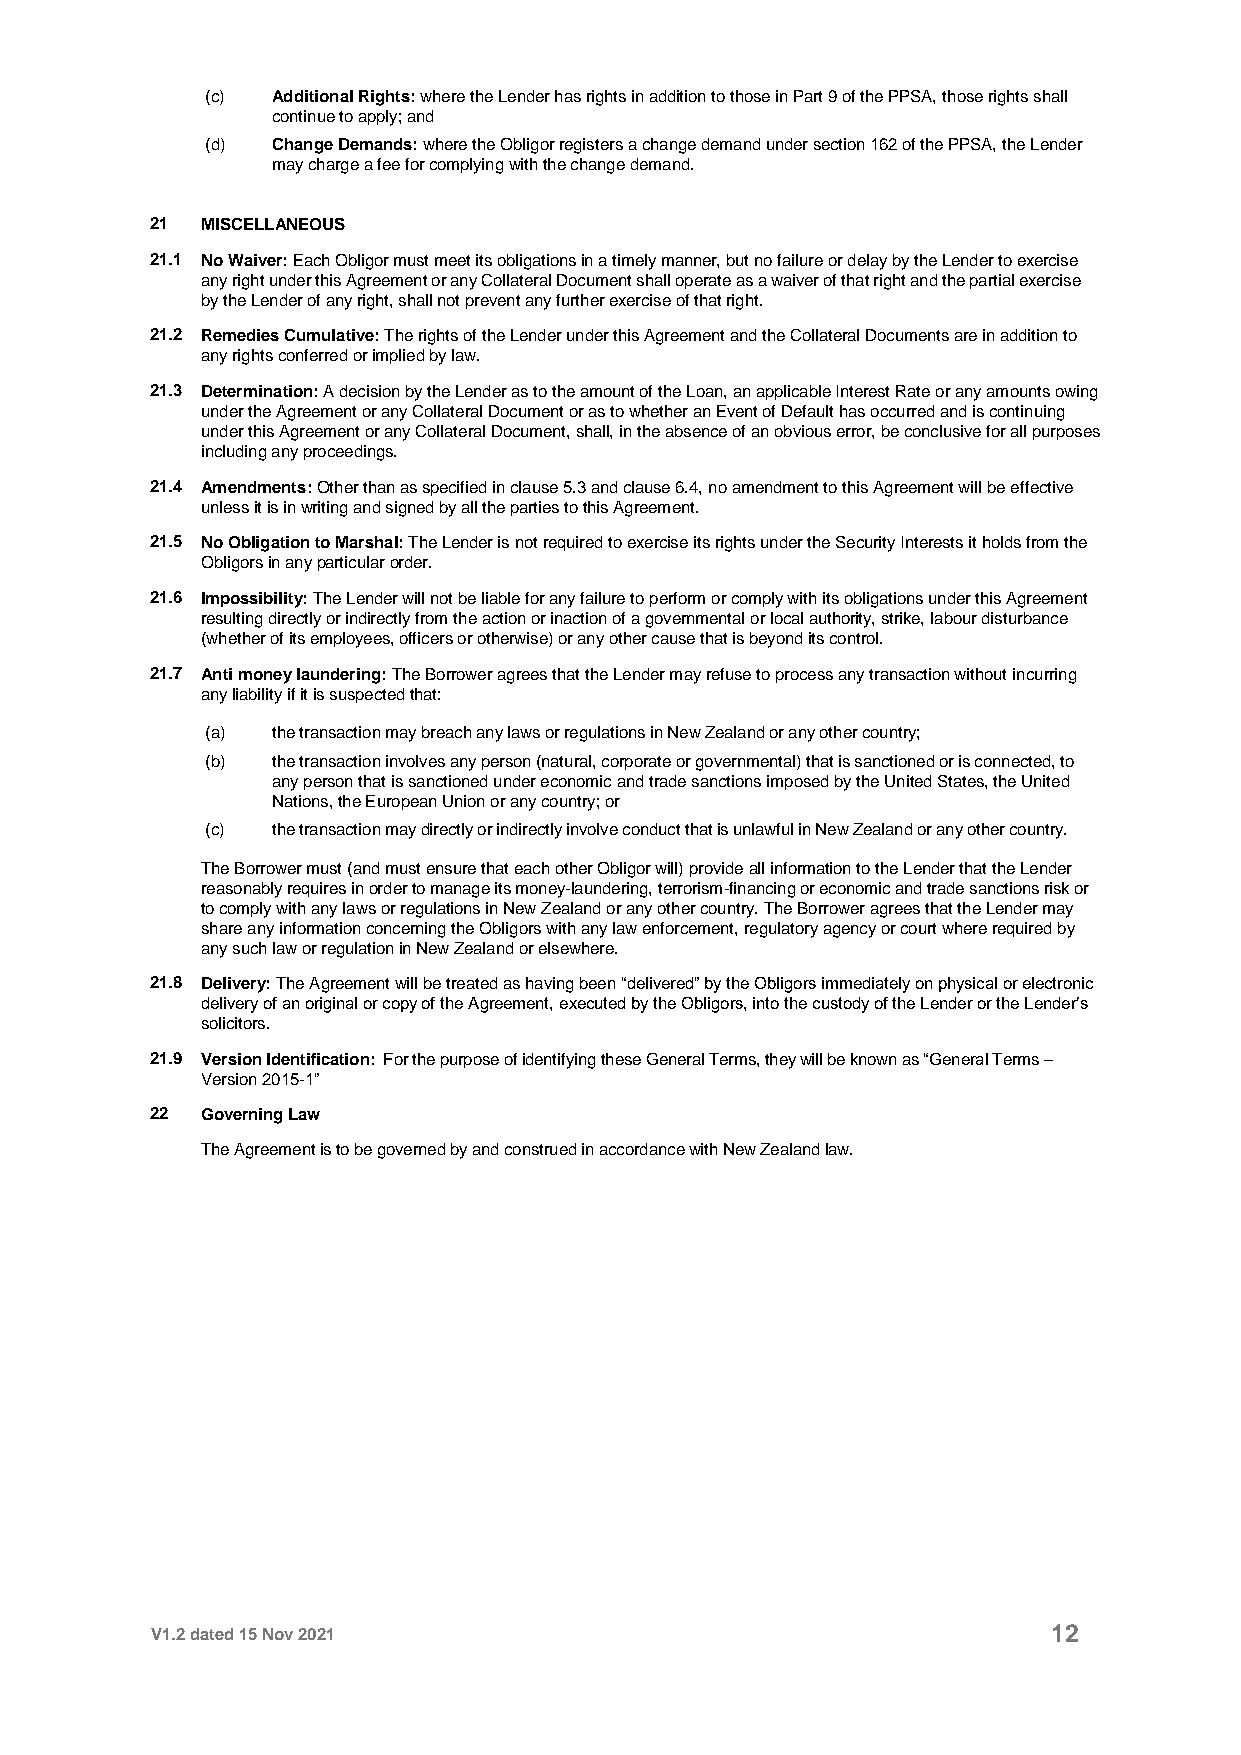
(c) Additional Rights: where the Lender has rights in addition to those in Part 9 of the PPSA, those rights shall
 continue to apply; and
 (d) Change Demands: where the Obligor registers a change demand under section 162 of the PPSA, the Lender
 may charge a fee for complying with the change demand.
 21 MISCELLANEOUS
 21.1 No Waiver: Each Obligor must meet its obligations in a timely manner, but no failure or delay by the Lender to exercise
 any right under this Agreement or any Collateral Document shall operate as a waiver of that right and the partial exercise
 by the Lender of any right, shall not prevent any further exercise of that right.
 21.2 Remedies Cumulative: The rights of the Lender under this Agreement and the Collateral Documents are in addition to
 any rights conferred or implied by law.
 21.3 Determination: A decision by the Lender as to the amount of the Loan, an applicable Interest Rate or any amounts owing
 under the Agreement or any Collateral Document or as to whether an Event of Default has occurred and is continuing
 under this Agreement or any Collateral Document, shall, in the absence of an obvious error, be conclusive for all purposes
 including any proceedings.
 21.4 Amendments: Other than as specified in clause 5.3 and clause 6.4, no amendment to this Agreement will be effective
 unless it is in writing and signed by all the parties to this Agreement.
 21.5 No Obligation to Marshal: The Lender is not required to exercise its rights under the Security Interests it holds from the
 Obligors in any particular order.
 21.6 Impossibility: The Lender will not be liable for any failure to perform or comply with its obligations under this Agreement
 resulting directly or indirectly from the action or inaction of a governmental or local authority, strike, labour disturbance
 (whether of its employees, officers or otherwise) or any other cause that is beyond its control.
 21.7 Anti money laundering: The Borrower agrees that the Lender may refuse to process any transaction without incurring
 any liability if it is suspected that:
 (a) the transaction may breach any laws or regulations in New Zealand or any other country;
 (b) the transaction involves any person (natural, corporate or governmental) that is sanctioned or is connected, to
 any person that is sanctioned under economic and trade sanctions imposed by the United States, the United
 Nations, the European Union or any country; or
 (c) the transaction may directly or indirectly involve conduct that is unlawful in New Zealand or any other country.
 The Borrower must (and must ensure that each other Obligor will) provide all information to the Lender that the Lender
 reasonably requires in order to manage its money-laundering, terrorism-financing or economic and trade sanctions risk or
 to comply with any laws or regulations in New Zealand or any other country. The Borrower agrees that the Lender may
 share any information concerning the Obligors with any law enforcement, regulatory agency or court where required by
 any such law or regulation in New Zealand or elsewhere.
 21.8 Delivery: The Agreement will be treated as having been “delivered” by the Obligors immediately on physical or electronic
 delivery of an original or copy of the Agreement, executed by the Obligors, into the custody of the Lender or the Lender’s
 solicitors.
 21.9 Version Identification: For the purpose of identifying these General Terms, they will be known as “General Terms –
 Version 2015-1”
 22 Governing Law
 The Agreement is to be governed by and construed in accordance with New Zealand law.
 V1.2 dated 15 Nov 2021                                      12